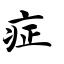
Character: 症